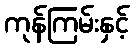
ကုန်ကြမ်းနှင့်